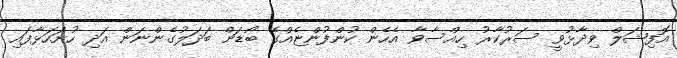
އޮފިޝަލް ވިދާޅުވީ ސަރުކާރު ހިއްސާވާ އެހެން ކުންފުންޏެއްގެ ބޯޑަށް ބަދަލުގެންނަން އަދި ހުށަހަޅާފައި